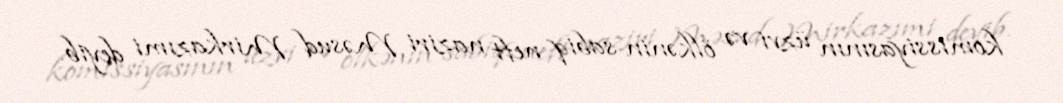
komissiyasının üzvi və ölkənin sabiq neft naziri Məsud Mirkazımi deyib.